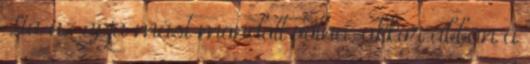
Ha az apja mást mondott volna, akkor abban a